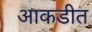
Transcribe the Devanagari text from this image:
आकडीत